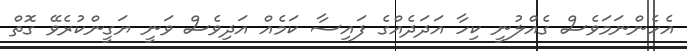
އެހެންނަމަވެސް ގެއްލުނީ ކިހާ އަދަދެއްގެ ފައިސާ ކަމެއް އަދިވެސް ވަނީ ޔަގީންކުރެވޭ ގޮތް